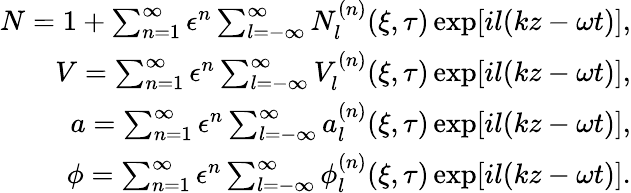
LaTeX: \begin{array}{r}{N=1+\sum_{n=1}^{\infty}\epsilon^{n}\sum_{l=-\infty}^{\infty}N_{l}^{(n)}(\xi,\tau)\exp[il(kz-\omega t)],}\\ {V=\sum_{n=1}^{\infty}\epsilon^{n}\sum_{l=-\infty}^{\infty}V_{l}^{(n)}(\xi,\tau)\exp[il(kz-\omega t)],}\\ {a=\sum_{n=1}^{\infty}\epsilon^{n}\sum_{l=-\infty}^{\infty}a_{l}^{(n)}(\xi,\tau)\exp[il(kz-\omega t)],}\\ {\phi=\sum_{n=1}^{\infty}\epsilon^{n}\sum_{l=-\infty}^{\infty}\phi_{l}^{(n)}(\xi,\tau)\exp[il(kz-\omega t)].}\end{array}